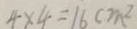
4 \times 4 = 1 6 c m ^ { 2 }